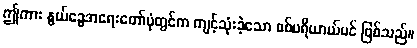
ဤကား နွယ်ခွေအရေးတော်ပုံတွင်က ကျင့်သုံးခဲ့သော စစ်ပရိယာယ်ပင် ဖြစ်သည်။